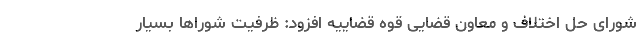
شورای حل اختلاف و معاون قضایی قوه قضاییه افزود: ظرفیت شوراها بسیار